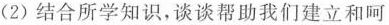
(2)结合所学知识，谈谈帮助我们建立和呵